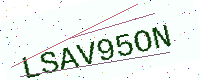
Text: LSAV95ON